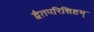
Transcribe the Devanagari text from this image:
द्वैतपरिशिष्टम्